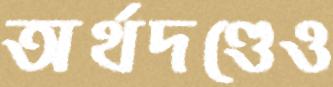
অর্থদণ্ডেও